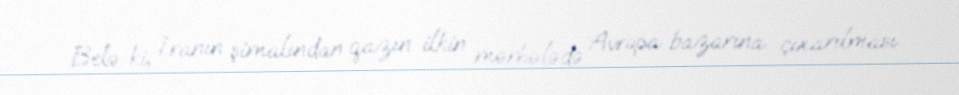
Belə ki, İranın şimalından qazın ilkin mərhələdə Avropa bazarına çıxarılması